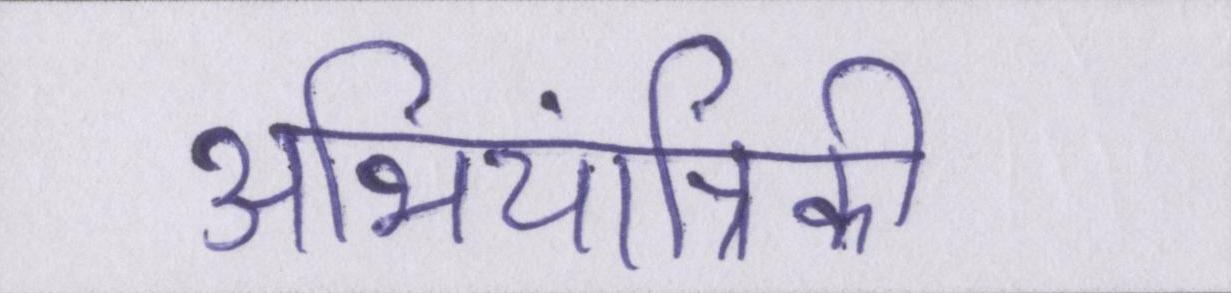
अभियांत्रिकी